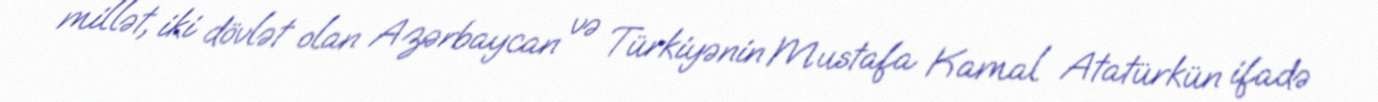
millət, iki dövlət olan Azərbaycan və Türkiyənin Mustafa Kamal Atatürkün ifadə